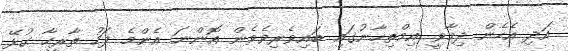
އަދި އެހެން ދިމާވީ އިމްތިހާނުގައި ބައިވެރިވެވެން އޮންނަ އެންމެ ފަހު ތާރީހާ ގުޅޭ